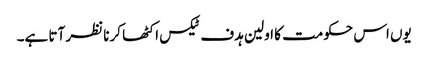
یوں اس حکومت کا اولین ہدف ٹیکس اکٹھا کرنا نظر آتا ہے۔